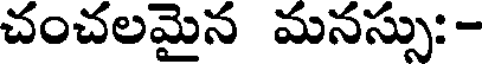
చంచలమైన మనస్సు: -